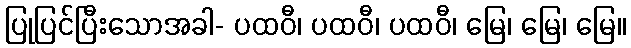
ပြုပြင်ပြီးသောအခါ- ပထဝီ၊ ပထဝီ၊ ပထဝီ၊ မြေ၊ မြေ၊ မြေ။